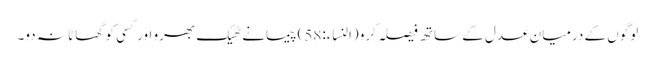
لوگوں کے درمیان عدل کے ساتھ فیصلہ کرو (النساء:58) پیمانے ٹھیک بھرو اور کسی کو گھاٹا نہ دو۔